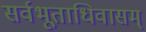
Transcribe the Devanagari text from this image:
सर्वभूताधिवासम्